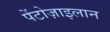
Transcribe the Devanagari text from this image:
पेंटोज़ाइलान